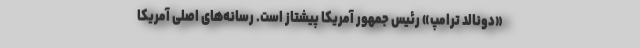
«دونالد ترامپ» رئیس جمهور آمریکا پیشتاز است. رسانه‌های اصلی آمریکا